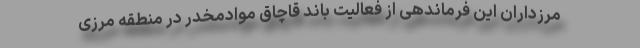
مرزداران این فرماندهی از فعالیت باند قاچاق موادمخدر در منطقه مرزی